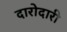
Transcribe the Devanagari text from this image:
दारोदारी